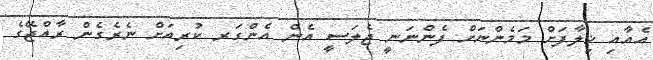
އެއާއި ޚިލާފަށް މަމެންނަށް ފެންނަނީ ޖެލަސީ އެން އެންގަރ ކުރިއަށް ނެރެގެން ރާއްޖޭގެ